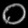
Digit: ၀